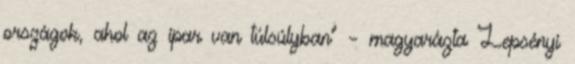
országok, ahol az ipar van túlsúlyban" – magyarázta Lepsényi